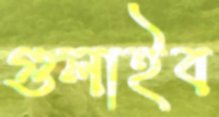
গুলাইব